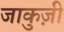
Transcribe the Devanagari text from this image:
जाकुज़ी